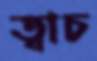
ত্বাচ